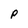
Character: P